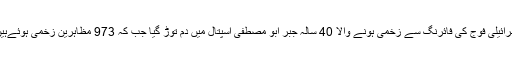
اسرائیلی فوج کی فائرنگ سے زخمی ہونے والا 40 سالہ جبر ابو مصطفیٰ اسپتال میں دم توڑ گیا جب کہ 973 مظاہرین زخمی ہوئےہیں۔